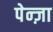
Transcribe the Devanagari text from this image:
पेन्ज़ा